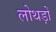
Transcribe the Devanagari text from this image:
लोथड़ों